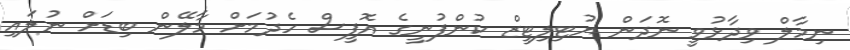
ނިމާލް ވިދާޅުވީ ނޮދަން ޔުޓިލިޓީޒް ކުންފުނީގެ އޮފީސް ހެދުމަށް މާލޭން ބިޑަށް ނުލައި